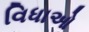
વિધાઓ